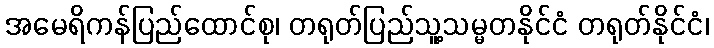
အမေရိကန်ပြည်ထောင်စု၊ တရုတ်ပြည်သူ့သမ္မတနိုင်ငံ တရုတ်နိုင်ငံ၊